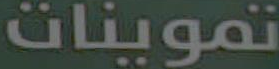
تموينات